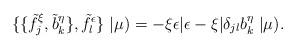
LaTeX: \begin{align*}\{\{\tilde f_{ j}^{\xi}, \tilde b_{ k}^{\eta}\}, \tilde f_{l}^{\epsilon} \} \;|\mu) =- \xi\epsilon |\epsilon-\xi| \delta_{jl} b_k^\eta \;|\mu).\end{align*}